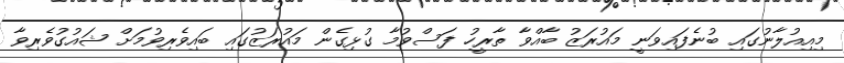
މިއިއުލާނުގައި ބުނެފައިވަނީ މައުރަޒު ބާއްވާ ތާރީހު ފަސްވުމާ ގުޅިގެން މައުރަޒުގައި ބައިވެރިވުމަށް ޝައުގުވެރިވާ